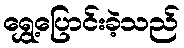
ရွှေ့ပြောင်းခဲ့သည်